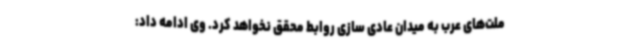
ملت‌های عرب به میدان عادی سازی روابط محقق نخواهد کرد. وی ادامه داد: